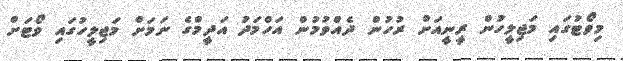
މިވޯޓުގައި މަޖިލީހުން ރީނީއަށް ރުހުން ދެއްވުމުން އަހްމަދު އަދީމްގެ ނަމަށް މަޖިލީހުގައި ވޯޓަށް